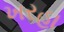
ખરહા